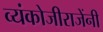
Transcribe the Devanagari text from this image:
व्यंकोजीराजेंनी